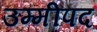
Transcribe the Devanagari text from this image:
उम्मीपद